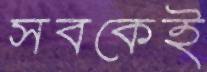
সবকেই